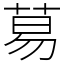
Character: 䓪